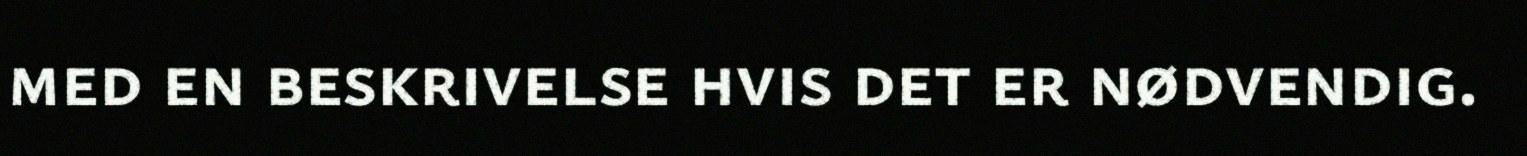
med en beskrivelse hvis det er nødvendig.